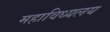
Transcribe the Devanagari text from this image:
महाविध्यलय